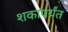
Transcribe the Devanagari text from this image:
शकापर्यंत